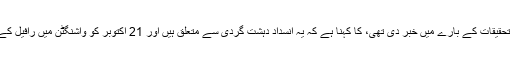
لیکن موقر امریکی اخبار "دی واشنگٹن پوسٹ" جس نے سب سے پہلے اس تحقیقات کے بارے میں خبر دی تھی، کا کہنا ہے کہ یہ انسداد دہشت گردی سے متعلق ہیں اور 21 اکتوبر کو واشنگٹن میں رافیل کے گھر کی تلاشی بھی لی گئی لیکن تاحال ان پر کوئی الزام عائد نہیں کیا گیا۔